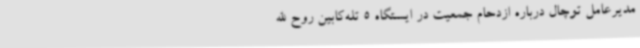
مدیرعامل توچال درباره ازدحام جمعیت در ایستگاه 5 تله‌کابین روح الله